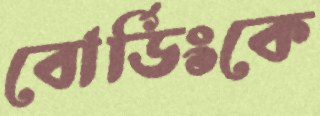
বোর্ডিংকে